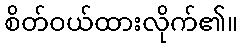
စိတ်ဝယ်ထားလိုက်၏။